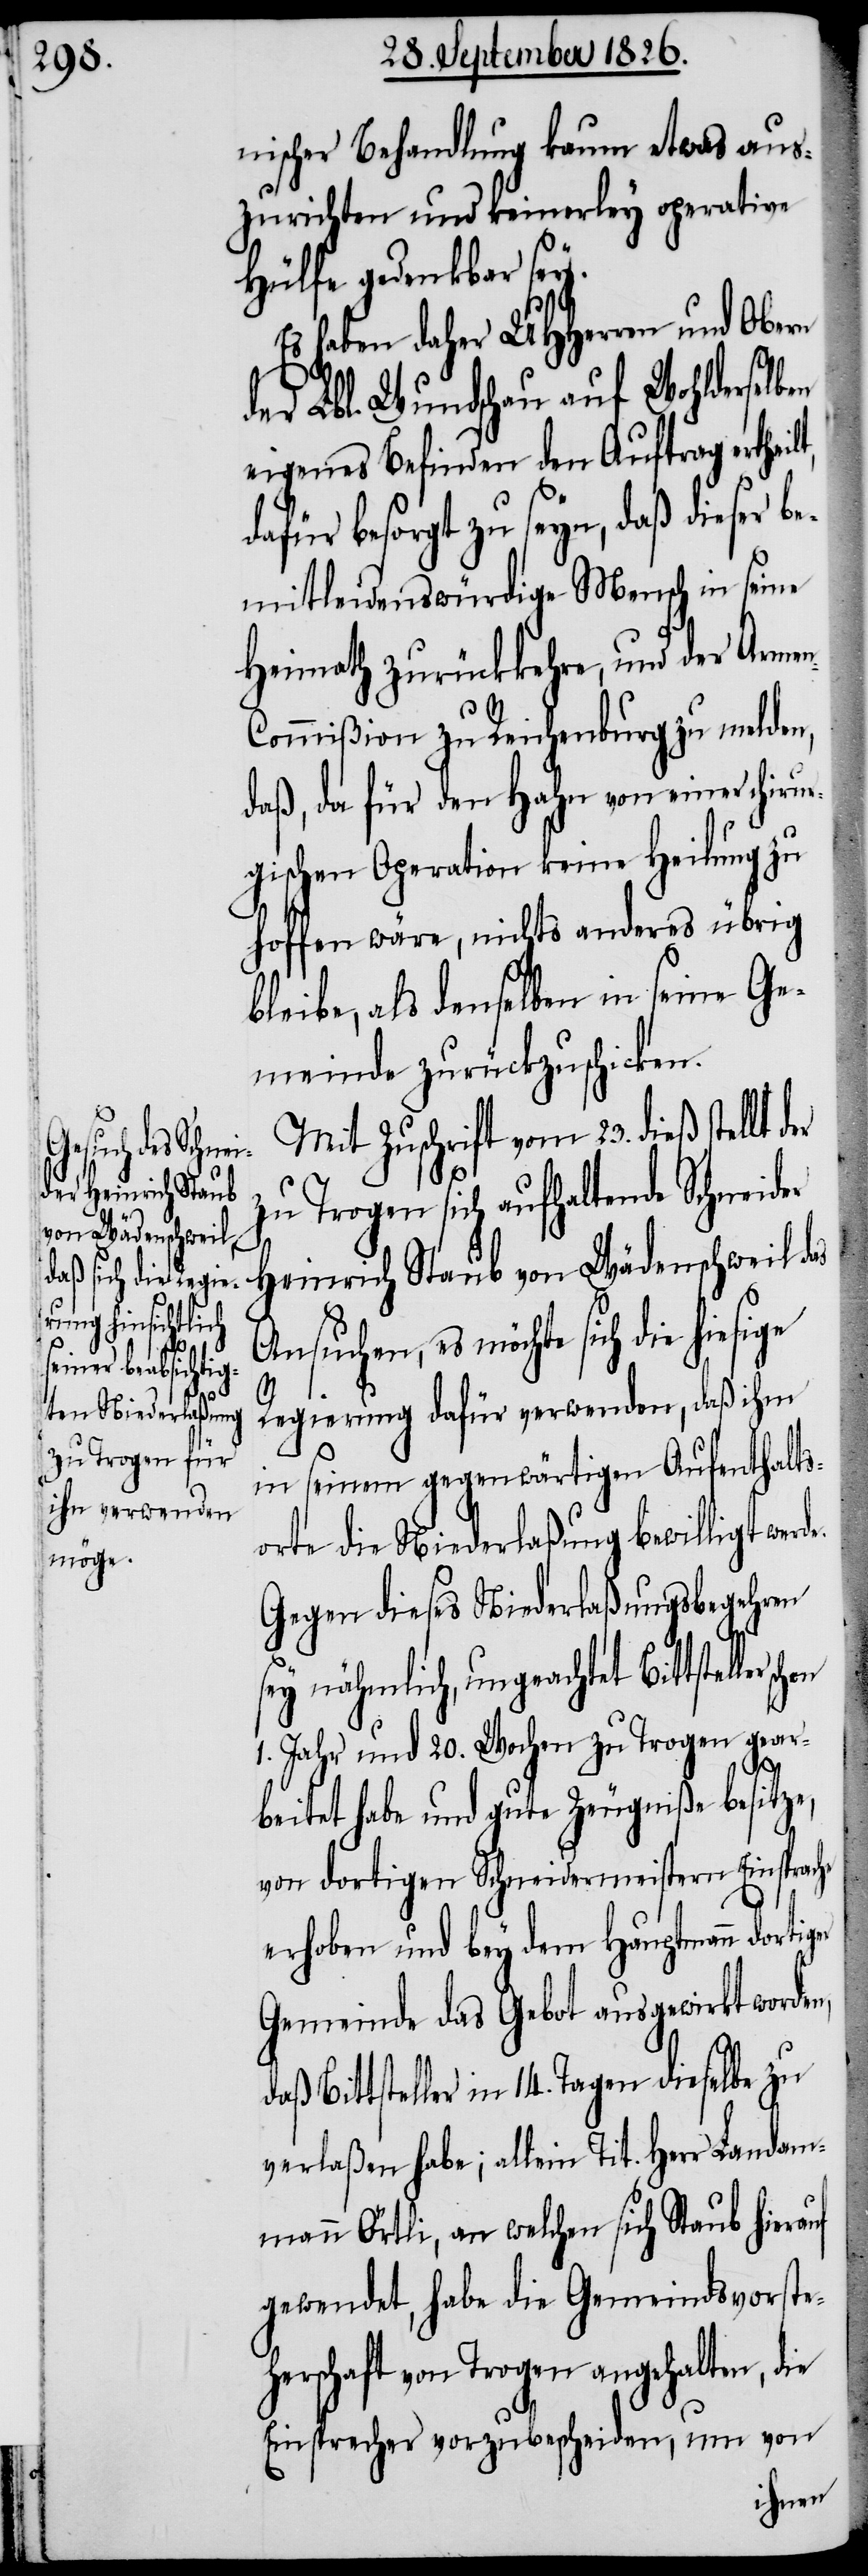
nischer Behandlung kaum etwas aus¬
zurichten und keinerley operative
Hülfe gedenkbar sey.
Es haben daher MHHerren und Obern
der Lbl. Wundschau auf Wohlderselben
eigenes Befinden den Auftrag ertheil¬
dafür besorgt zu seyn, daß dieser be¬
mitleidenswürdige Mensch in seine
Heimath zurückkehre, und der Arme¬
ommißion zu Reichenburg zu melden,
daß, da für den Hahn von einer chirur¬
gischen Operation keine Heilung zu
hoffen wäre, nichts anderes übrig
bleibe, als denselben in seine Ge¬
meinde zurückzuschicken.
Mit Zuschrift vom 23. dieß stellt d¬
zu Trogen sich aufhaltende Schneider
Heinrich Staub von Wädenschweil das
Ansuchen, es möchte sich die hiesige
Regierung dafür verwenden, daß ihm
in seinem gegenwärtigen Aufenthalts¬
orte die Niederlaßung bewilligt werd¬
Gegen dieses Niederlaßungsbegehren
ger
sey nähmlich, ungeachtet Bittsteller
1. Jahr und 20. Wochen zu Trogen gear¬
e.
beitet habe und gute Zeugniße besitze,
von dortigen Schneidermeistern Einsprache
erhoben und bey dem Hauptmann dorti¬
Gemeinde das Gebot ausgewirkt worden,
daß Bittsteller in 14. Tagen dieselbe zu
verlaßen habe; allein Tit. Herr Landam¬
mann Örtli, an welchen sich Staub hierauf
gewendet, habe die Gemeindsvorste¬
herschaft von Trogen angehalten, die
Einsprecher vorzubescheiden, um von